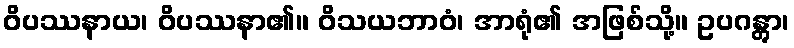
ဝိပဿနာယ၊ ဝိပဿနာ၏။ ဝိသယဘာဝံ၊ အာရုံ၏ အဖြစ်သို့။ ဥပဂန္တွာ၊